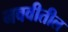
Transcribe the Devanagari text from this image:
नववीतील